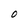
Character: O